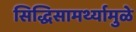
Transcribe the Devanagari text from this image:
सिद्धिसामर्थ्यामुळे